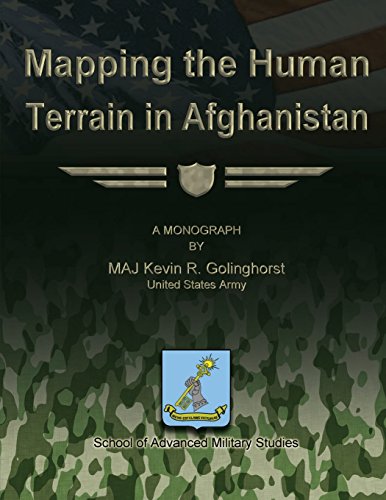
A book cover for Mapping the Human Terrain in Afghanistan; US Army, MAJ Kevin R. Golinghorst; Travel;